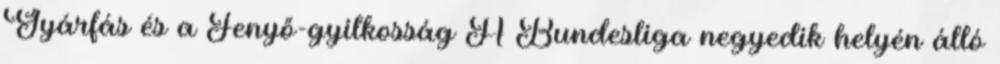
Gyárfás és a Fenyő-gyilkosság A Bundesliga negyedik helyén álló